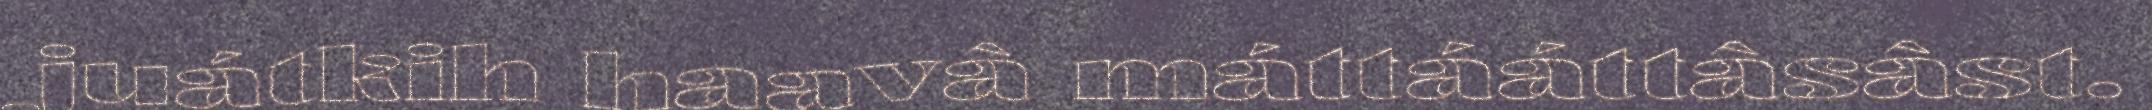
juátkih haavâ máttááttâsâst.